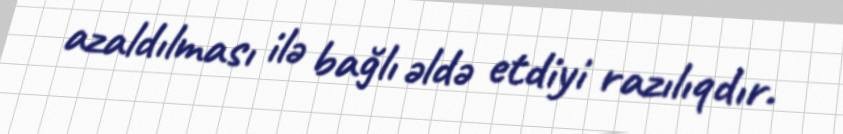
azaldılması ilə bağlı əldə etdiyi razılıqdır.